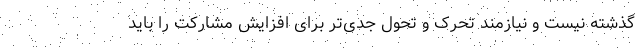
گذشته نیست و نیازمند تحرک و تحول جدی‌تر برای افزایش مشارکت را باید